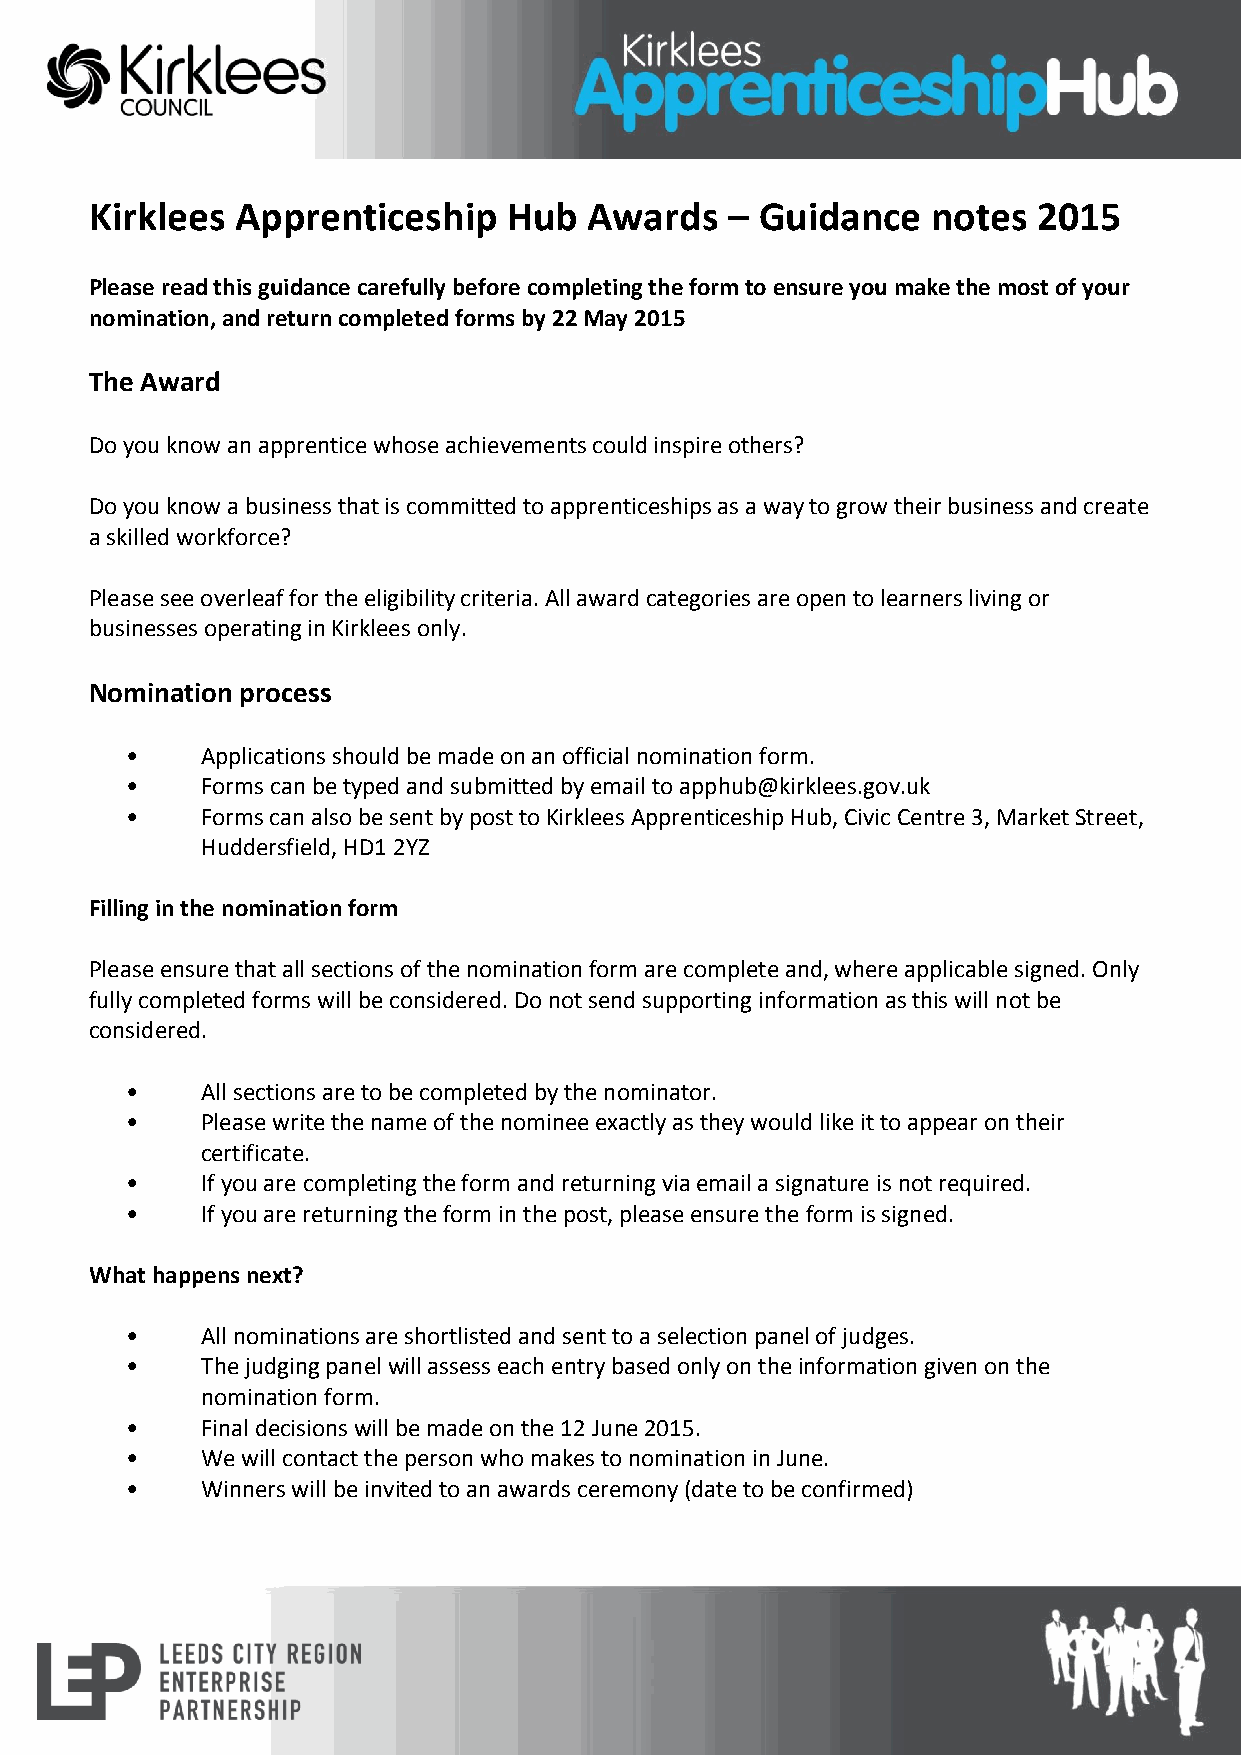
Kirklees  Apprenticeship    Hub  Awards   – Guidance    notes  2015
 Please read this guidance carefully before completing the form to ensure you make the most of your
 nomination, and return completed forms by 22 May 2015
 The Award
 Do you know an apprentice whose achievements could inspire others?
 Do you know a business that is committed to apprenticeships as a way to grow their business and create
 a skilled workforce?
 Please see overleaf for the eligibility criteria. All award categories are open to learners living or
 businesses operating in Kirklees only.
 Nomination process
 •    Applications should be made on an official nomination form.
 •    Forms can be typed and submitted by email to apphub@kirklees.gov.uk
 •    Forms can also be sent by post to Kirklees Apprenticeship Hub, Civic Centre 3, Market Street,
 Huddersfield, HD1 2YZ
 Filling in the nomination form
 Please ensure that all sections of the nomination form are complete and, where applicable signed. Only
 fully completed forms will be considered. Do not send supporting information as this will not be
 considered.
 •    All sections are to be completed by the nominator.
 •    Please write the name of the nominee exactly as they would like it to appear on their
 certificate.
 •    If you are completing the form and returning via email a signature is not required.
 •    If you are returning the form in the post, please ensure the form is signed.
 What happens next?
 •    All nominations are shortlisted and sent to a selection panel of judges.
 •    The judging panel will assess each entry based only on the information given on the
 nomination form.
 •    Final decisions will be made on the 12 June 2015.
 •    We will contact the person who makes to nomination in June.
 •    Winners will be invited to an awards ceremony (date to be confirmed)